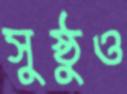
সুষ্ঠুও